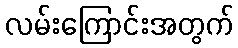
လမ်းကြောင်းအတွက်